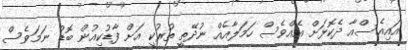
އައިއެސްއާ ދެކޮޅަށް އެއްވެސް ހަމަލާއެއް ނުދޭތީ ތުރުކީ އަށް ފާޑުކިއުން ބޮޑު ނަމަވެސް